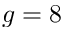
g = 8